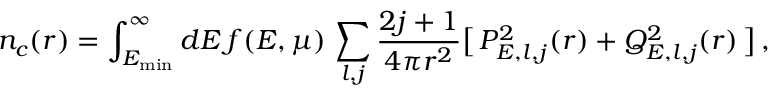
n _ { c } ( r ) = \int _ { E _ { \mathrm { m i n } } } ^ { \infty } d E \, f ( E , \mu ) \, \sum _ { l , j } \frac { 2 j + 1 } { 4 \pi r ^ { 2 } } \big [ \, P _ { E , l , j } ^ { 2 } ( r ) + Q _ { E , l , j } ^ { 2 } ( r ) \, \big ] \, ,